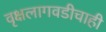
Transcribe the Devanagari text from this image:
वृक्षलागवडीचाही